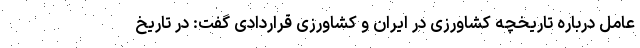
عامل درباره تاریخچه کشاورزی در ایران و کشاورزی قراردادی گفت: در تاریخ